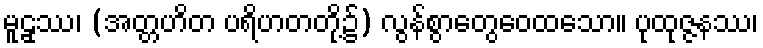
မူဠှဿ၊ (အတ္တဟိတ ပရိဟတတို့၌) လွန်စွာတွေဝေထသော။ ပုထုဇ္ဇနဿ၊